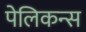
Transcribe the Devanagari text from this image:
पेलिकन्स